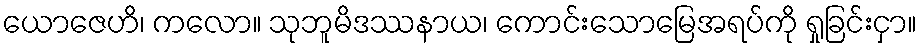
ယောဇေဟိ၊ ကလော။ သုဘူမိဒဿနာယ၊ ကောင်းသောမြေအရပ်ကို ရှုခြင်းငှာ။